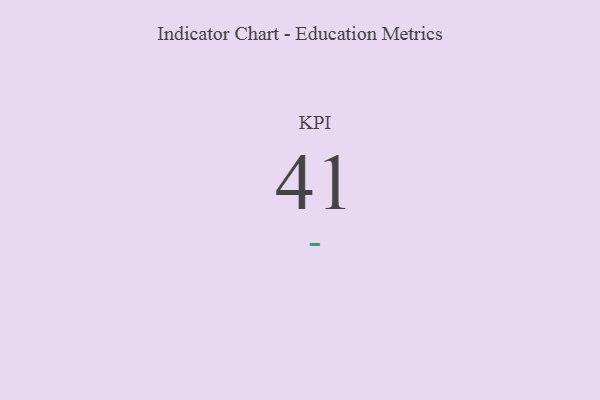
{"axis": {"x": "KPI", "y": "Value"}, "legend": [""], "data": [{"x": "KPI", "y": 41, "type": ""}]}